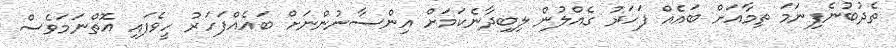
ތެދުބުނެފިނަމަ ތިމާއަށް ބައެއް ފަހަރު ގެއްލުން ލިބިދާނެކަމަށް އިންސާނުންނަށް ބައެއްފަހަރު ހީވެފައި އޮތްނަމަވެސް